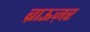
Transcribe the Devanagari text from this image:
ब्राऊज़र